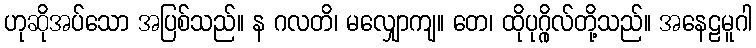
ဟုဆိုအပ်သော အပြစ်သည်။ န ဂလတိ၊ မလျှောကျ။ တေ၊ ထိုပုဂ္ဂိုလ်တို့သည်။ အနေဠမူဂါ